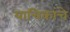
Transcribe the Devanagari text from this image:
याचिकांचे